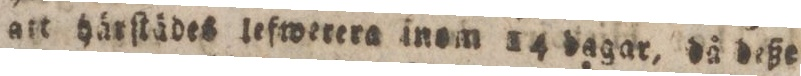
att härſtädes lefwerera inom 14 dagar, då deße